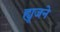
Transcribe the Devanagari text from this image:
ह्यूजने